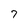
Character: 7